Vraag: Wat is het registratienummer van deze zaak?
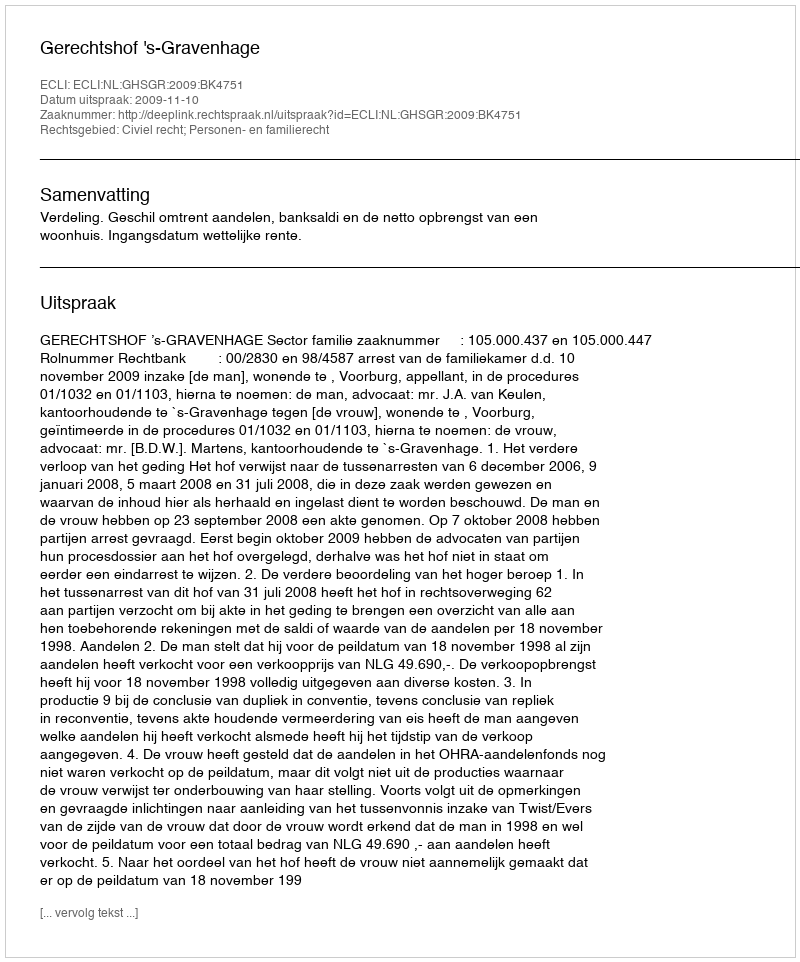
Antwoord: http://deeplink.rechtspraak.nl/uitspraak?id=ECLI:NL:GHSGR:2009:BK4751